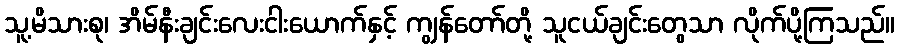
သူ့မိသားစု၊ အိမ်နီးချင်းလေးငါးယောက်နှင့် ကျွန်တော်တို့ သူငယ်ချင်းတွေသာ လိုက်ပို့ကြသည်။